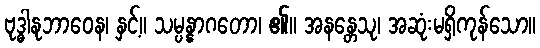
ဗုဒ္ဓါနုဘာဝေန၊ နှင့်။ သမ္ပန္နာဂတော၊ ၏။ အနန္တေသု၊ အဆုံးမရှိကုန်သော။